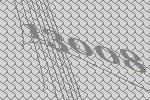
13008